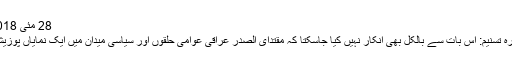
28 مئی 2018 - 12:44
خبر رساں ادارہ تسنیم: اس بات سے بالکل بھی انکار نہیں کیا جاسکتا کہ مقتدای الصدر عراقی عوامی حلقوں اور سیاسی میدان میں ایک نمایاں پوزیشن رکھتا ہے۔